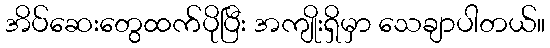
အိပ်ဆေးတွေထက်ပိုပြီး အကျိုးရှိမှာ သေချာပါတယ်။